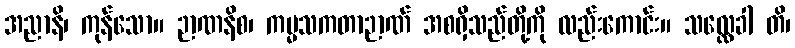
အညာနိ၊ ကုန်သော။ ဉာဏနိစ၊ ကမ္မသကတာဉာဏ် အစရှိသည်တို့ကို လည်းကောင်း။ သလ္လေခါ တိ၊